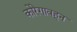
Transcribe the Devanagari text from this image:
कोरेगावहून